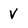
Character: V